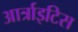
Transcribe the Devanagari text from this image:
आर्त्राइटिस